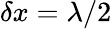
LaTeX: \delta x=\lambda/2